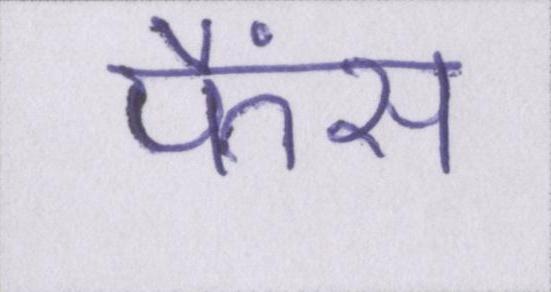
फैंस